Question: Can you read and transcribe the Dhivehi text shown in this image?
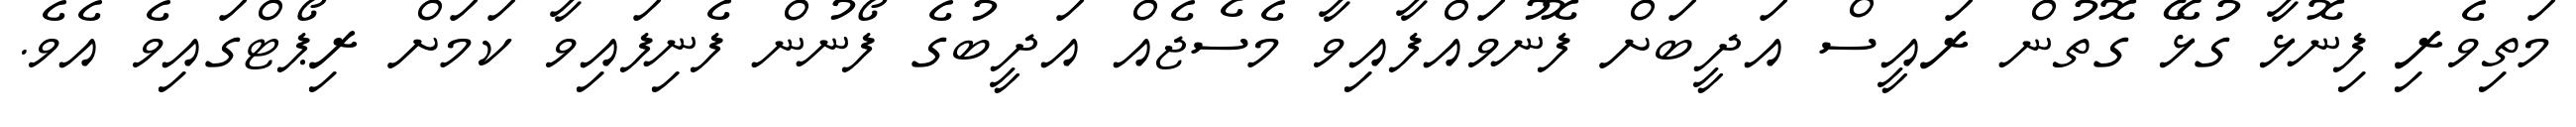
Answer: މަތިވެރި ފިނޮޅާ ގުޅޭ ގޮތުން ރައީސް އަދީބަށް ފޮނުވައްފާއިވާ މެސެޖެއް އަދީބުގެ ފޯނުން ފެނިފައިވާ ކަމަށް ރިޕޯޓްގައިވެ އެވެ.